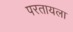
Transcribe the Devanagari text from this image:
परतायला